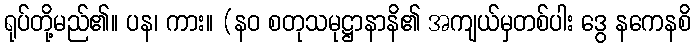
ရုပ်တို့မည်၏။ ပန၊ ကား။ (နဝ စတုသမုဋ္ဌာနာနိ၏ အကျယ်မှတစ်ပါး ဒွေ နကေနစိ